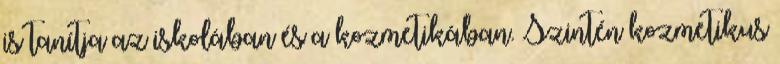
is tanítja az iskolában és a kozmetikában. Szintén kozmetikus